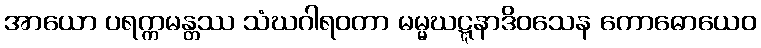
အာယော ပရက္ကမန္တဿ သံဃဂါရဝတာ မမ္မဃဋ္ဋနာဒိဝသေန ကောဓောယေဝ